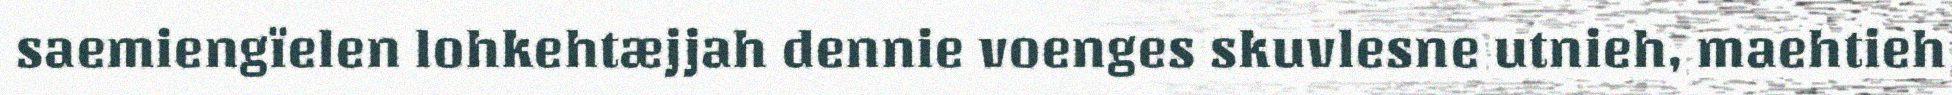
saemiengïelen lohkehtæjjah dennie voenges skuvlesne utnieh, maehtieh